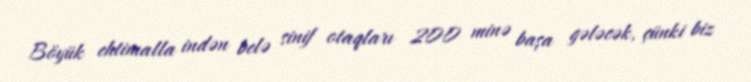
Böyük ehtimalla indən belə sinif otaqları 200 minə başa gələcək, çünki biz